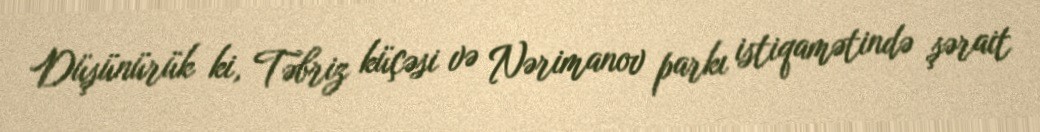
Düşünürük ki, Təbriz küçəsi və Nərimanov parkı istiqamətində şərait